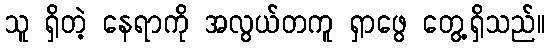
သူ ရှိတဲ့ နေရာကို အလွယ်တကူ ရှာဖွေ တွေ့ရှိသည်။